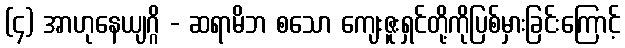
(၄) အာဟုနေယျဂ္ဂိ - ဆရာမိဘ စသော ကျေးဇူးရှင်တို့ကိုပြစ်မှားခြင်းကြောင့်